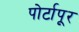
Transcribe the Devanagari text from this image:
पोर्टापूर